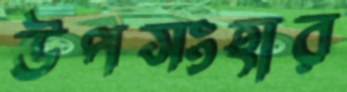
উপসংহার